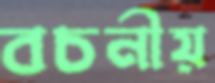
বচনীয়